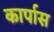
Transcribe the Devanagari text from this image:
कार्पास